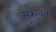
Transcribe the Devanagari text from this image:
मुरुक्कू